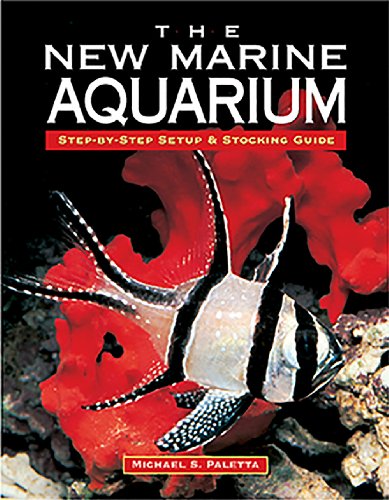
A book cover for The New Marine Aquarium; Michael S. Paletta; Crafts, Hobbies & Home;